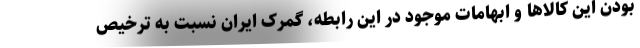
بودن این کالاها و ابهامات موجود در این رابطه، گمرک ایران نسبت به ترخیص